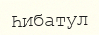
Һибатул